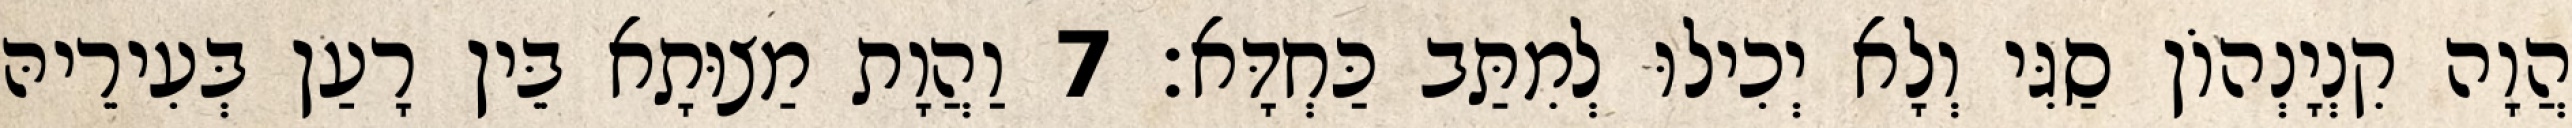
הֲוָה קִנְיָנְהוֹן סַגִּי וְלָא יְכִילוּ לְמִתַּב כַּחְדָּא׃ 7 וַהֲוָת מַצוּתָא בֵּין רָעַן בְּעִירֵיהּ